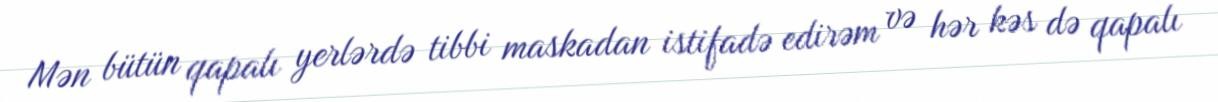
Mən bütün qapalı yerlərdə tibbi maskadan istifadə edirəm və hər kəs də qapalı